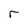
Character: r